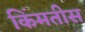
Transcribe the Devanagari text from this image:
किंमतीस